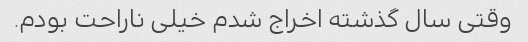
وقتی سال گذشته اخراج شدم خیلی ناراحت بودم.